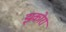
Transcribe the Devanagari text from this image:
झकोरा